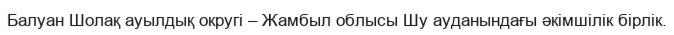
Балуан Шолақ ауылдық округі – Жамбыл облысы Шу ауданындағы әкімшілік бірлік.